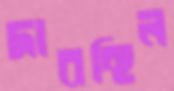
দাবছিল